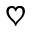
\heartsuit